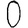
Digit: 0